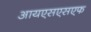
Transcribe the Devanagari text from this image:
आयएसएसएफ